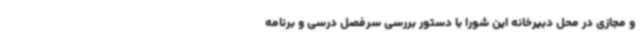
و مجازی در محل دبیرخانه این شورا با دستور بررسی سرفصل درسی و برنامه